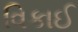
વિકાઈ